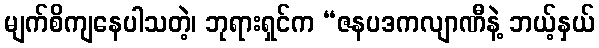
မျက်စိကျနေပါသတဲ့၊ ဘုရားရှင်က “ဇနပဒကလျာဏီနဲ့ ဘယ့်နှယ်